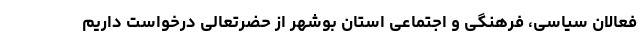
فعالان سیاسی، فرهنگی و اجتماعی استان بوشهر از حضرتعالی درخواست داریم